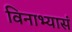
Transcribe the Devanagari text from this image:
विनाभ्यासं